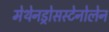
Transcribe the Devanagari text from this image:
मेथेनड्रोसस्टेनोलेन